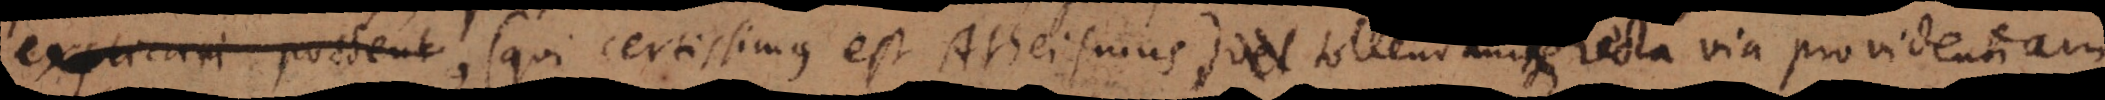
explicari possent, (qui certissimus est Atheismus), tollendam recta via providentiam